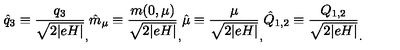
\hat { q } _ { 3 } \equiv \frac { q _ { 3 } } { \sqrt { 2 \vert e H \vert } } _ { , } \hat { m } _ { \mu } \equiv \frac { m ( 0 , \mu ) } { \sqrt { 2 \vert e H \vert } } _ { , } \hat { \mu } \equiv \frac { \mu } { \sqrt { 2 \vert e H \vert } } _ { , } \hat { Q } _ { 1 , 2 } \equiv \frac { Q _ { 1 , 2 } } { \sqrt { 2 \vert e H \vert } } _ { . }